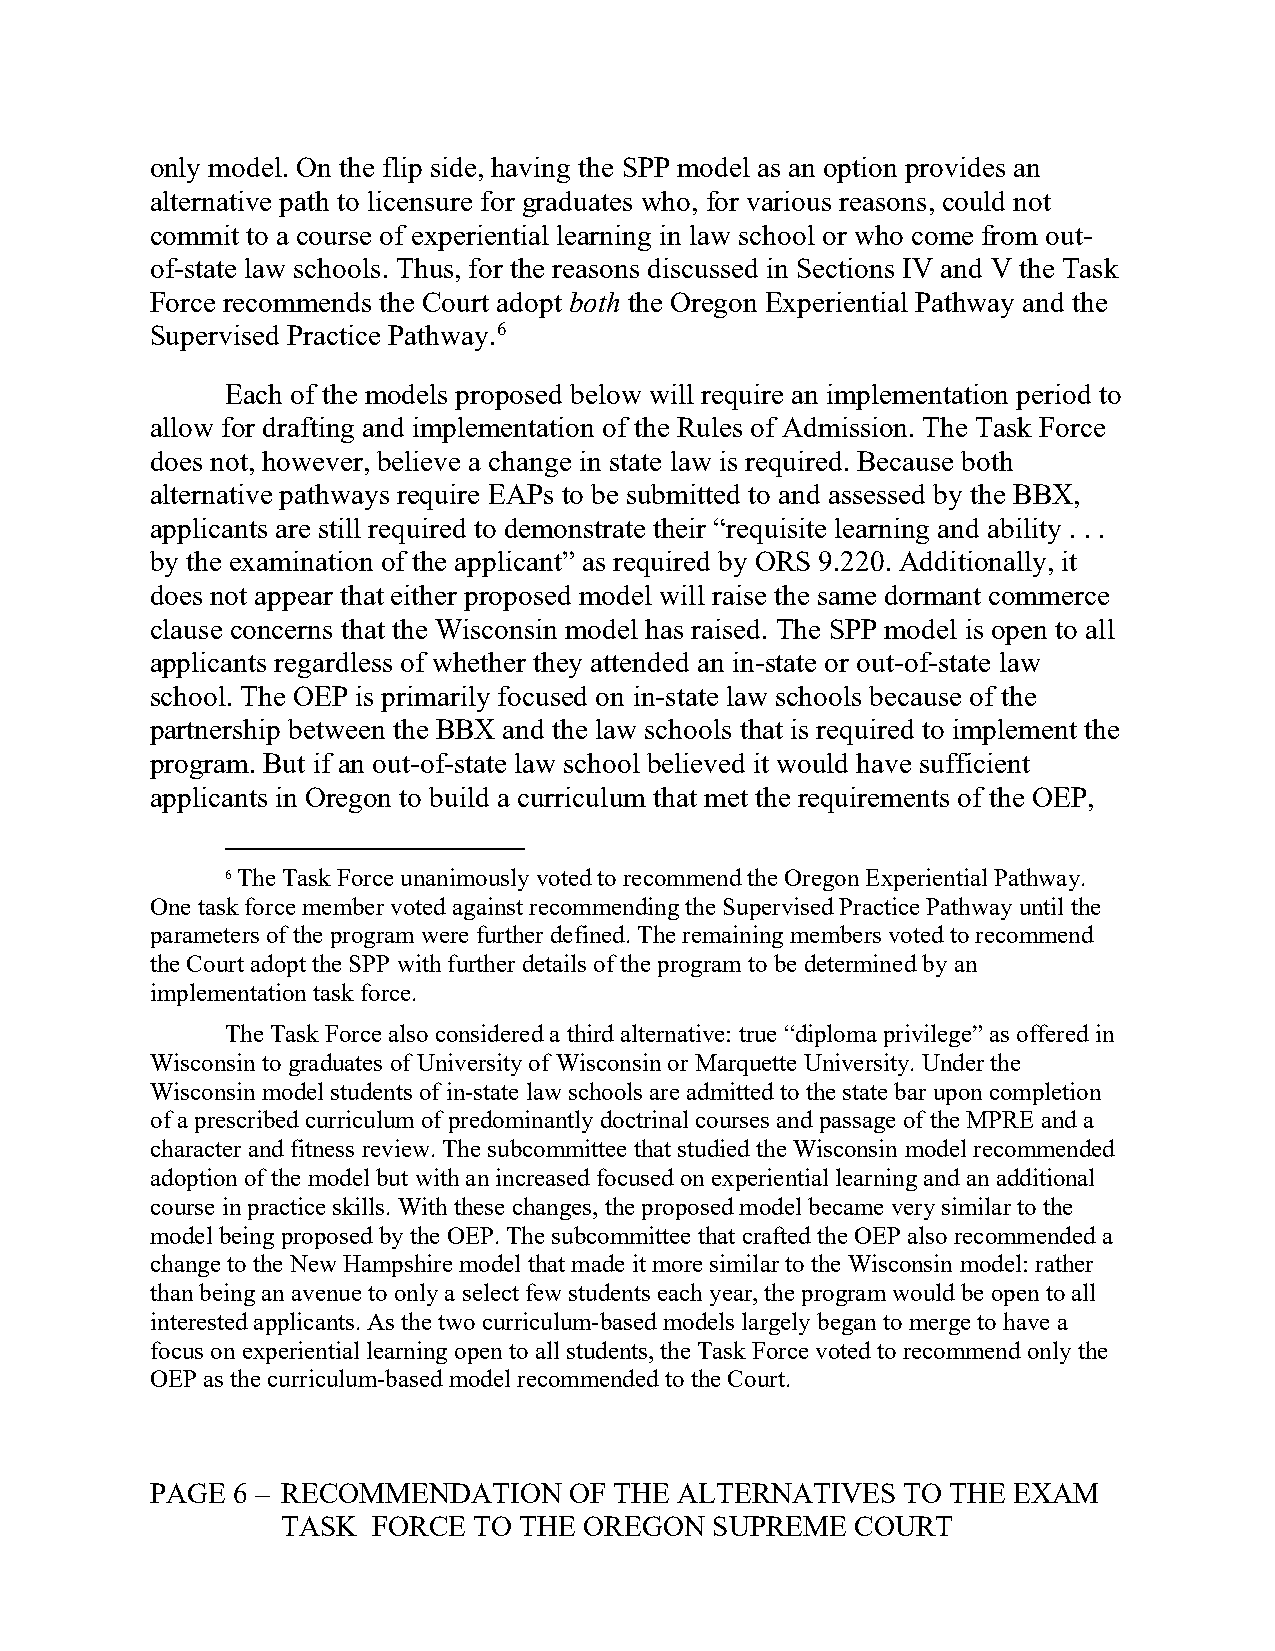
only model. On the flip side, having the SPP model as an option provides an
 alternative path to licensure for graduates who, for various reasons, could not
 commit to a course of experiential learning in law school or who come from out-
 of-state law schools. Thus, for the reasons discussed in Sections IV and V the Task
 Force recommends the Court adopt both the Oregon Experiential Pathway and the
 Supervised Practice Pathway.6
 Each of the models proposed below will require an implementation period to
 allow for drafting and implementation of the Rules of Admission. The Task Force
 does not, however, believe a change in state law is required. Because both
 alternative pathways require EAPs to be submitted to and assessed by the BBX,
 applicants are still required to demonstrate their “requisite learning and ability . . .
 by the examination of the applicant” as required by ORS 9.220. Additionally, it
 does not appear that either proposed model will raise the same dormant commerce
 clause concerns that the Wisconsin model has raised. The SPP model is open to all
 applicants regardless of whether they attended an in-state or out-of-state law
 school. The OEP is primarily focused on in-state law schools because of the
 partnership between the BBX and the law schools that is required to implement the
 program. But if an out-of-state law school believed it would have sufficient
 applicants in Oregon to build a curriculum that met the requirements of the OEP,
 6 The Task Force unanimously voted to recommend the Oregon Experiential Pathway.
 One task force member voted against recommending the Supervised Practice Pathway until the
 parameters of the program were further defined. The remaining members voted to recommend
 the Court adopt the SPP with further details of the program to be determined by an
 implementation task force.
 The Task Force also considered a third alternative: true “diploma privilege” as offered in
 Wisconsin to graduates of University of Wisconsin or Marquette University. Under the
 Wisconsin model students of in-state law schools are admitted to the state bar upon completion
 of a prescribed curriculum of predominantly doctrinal courses and passage of the MPRE and a
 character and fitness review. The subcommittee that studied the Wisconsin model recommended
 adoption of the model but with an increased focused on experiential learning and an additional
 course in practice skills. With these changes, the proposed model became very similar to the
 model being proposed by the OEP. The subcommittee that crafted the OEP also recommended a
 change to the New Hampshire model that made it more similar to the Wisconsin model: rather
 than being an avenue to only a select few students each year, the program would be open to all
 interested applicants. As the two curriculum-based models largely began to merge to have a
 focus on experiential learning open to all students, the Task Force voted to recommend only the
 OEP as the curriculum-based model recommended to the Court.
 PAGE 6 – RECOMMENDATION     OF THE ALTERNATIVES   TO THE EXAM
 TASK  FORCE TO THE  OREGON  SUPREME   COURT